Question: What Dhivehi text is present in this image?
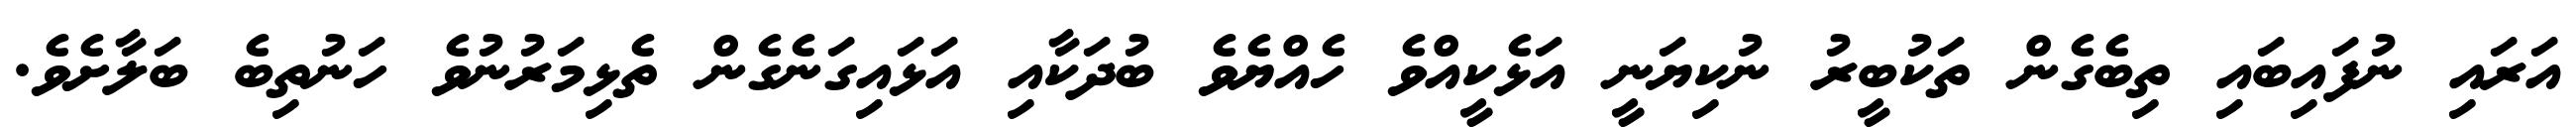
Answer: އަރައި ނުފައިބައި ތިބެގެން ތަކުބީރު ނުކިޔަނީ އަޅެކީއްވެ ހެއްޔެވެ ބުދަކާއި އަޅައިގަނެގެން ތެޅިމަރުނުވެ ހަނުތިބެ ބަލާށެވެ.